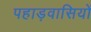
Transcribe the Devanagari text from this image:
पहाड़वासियों